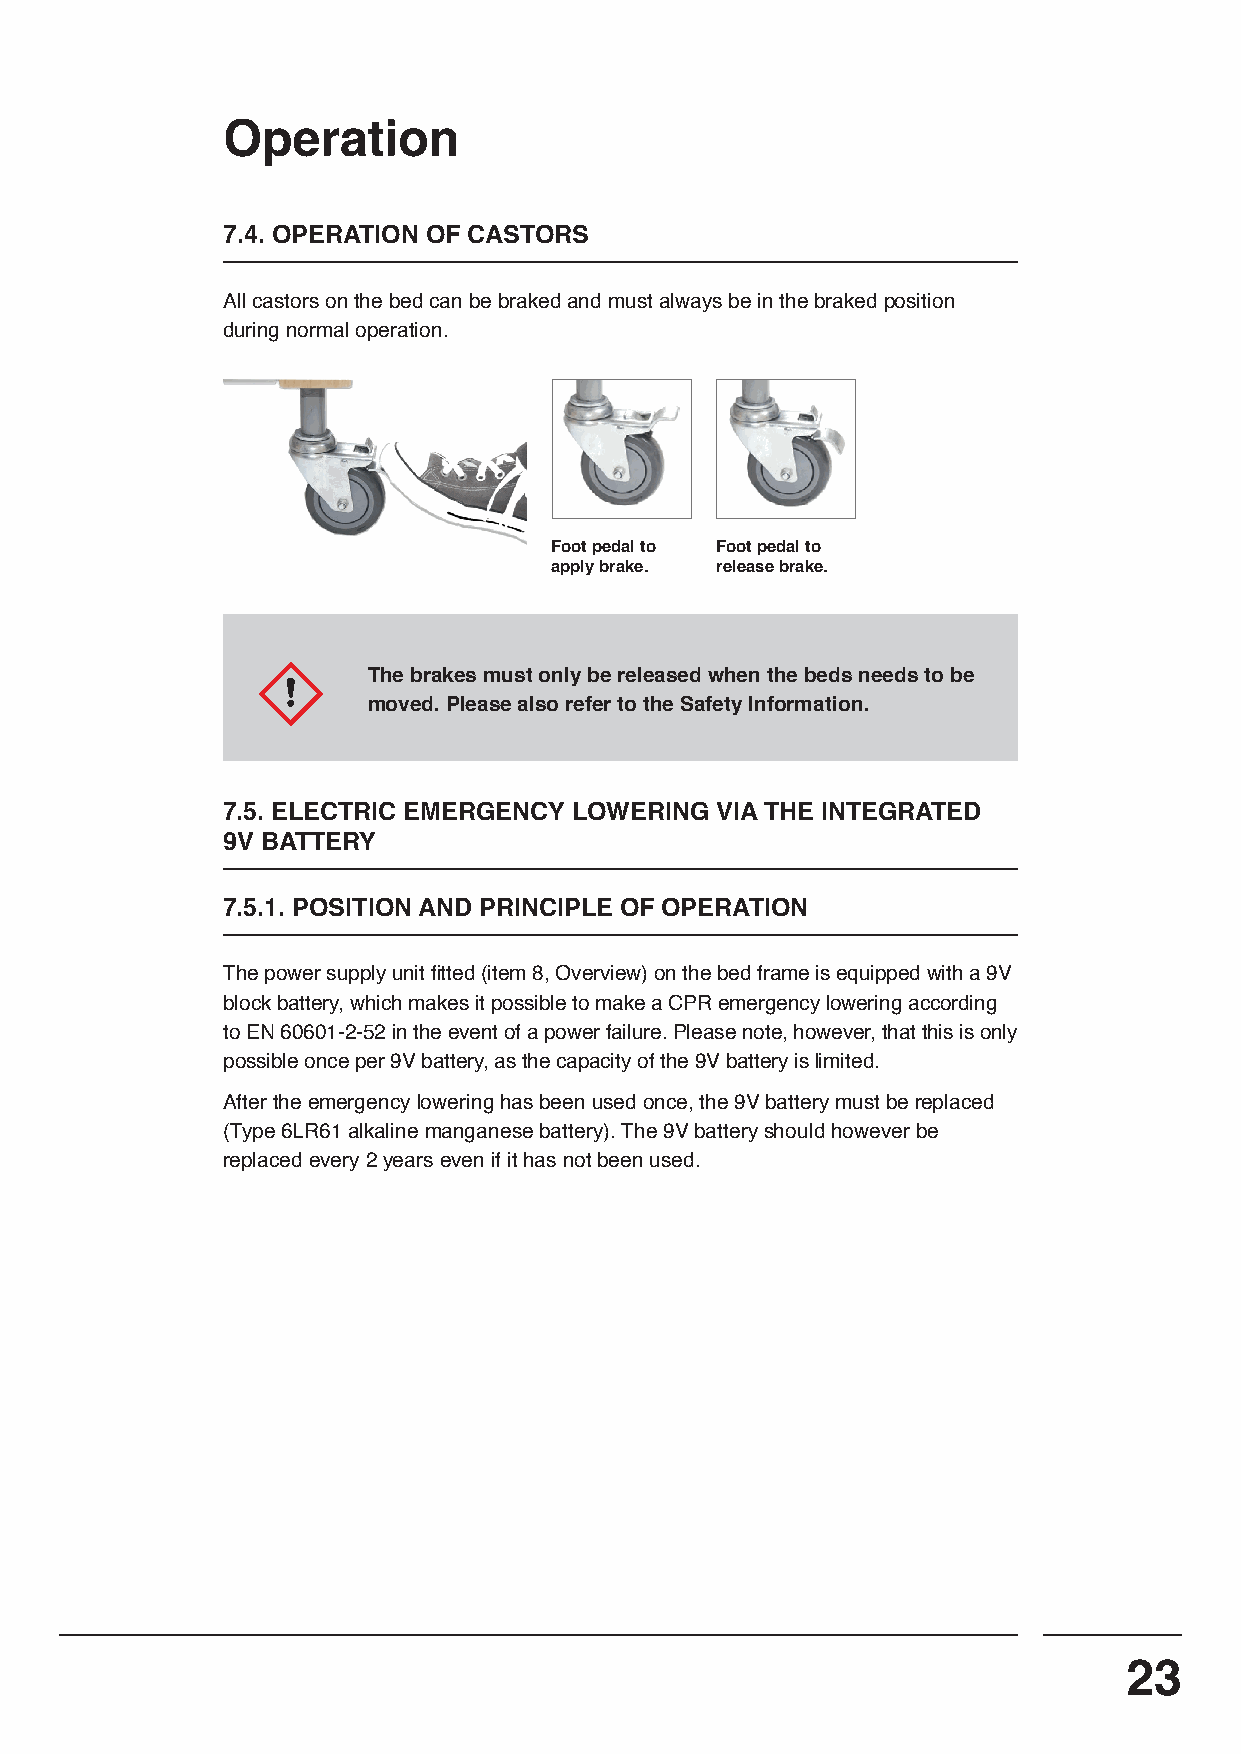
Operation
 7.4. OPERATION OF CASTORS
 All castors on the bed can be braked and must always be in the braked position
 during normal operation.
 Foot pedal to Foot pedal to
 apply brake. release brake.
 The brakes must only be released when the beds needs to be
 moved. Please also refer to the Safety Information.
 7.5. ELECTRIC EMERGENCY LOWERING VIA THE INTEGRATED
 9V BATTERY
 7.5.1. POSITION AND PRINCIPLE OF OPERATION
 The power supply unit fitted (item 8, Overview) on the bed frame is equipped with a 9V
 block battery, which makes it possible to make a CPR emergency lowering according
 to EN 60601-2-52 in the event of a power failure. Please note, however, that this is only
 possible once per 9V battery, as the capacity of the 9V battery is limited.
 After the emergency lowering has been used once, the 9V battery must be replaced
 (Type 6LR61 alkaline manganese battery). The 9V battery should however be
 replaced every 2 years even if it has not been used.
 23